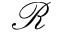
\mathcal { R }